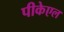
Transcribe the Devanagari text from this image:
पीकेएल